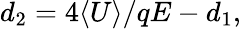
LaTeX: d_{2}=4\langle{U}\rangle/{qE}-d_{1},